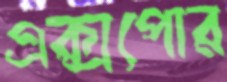
এক্সপোর